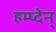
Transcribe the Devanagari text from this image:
हम्प्देन्